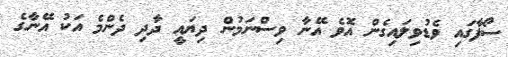
ސޯފާގައި ވެޑުވިލައިގެން އޮވެ އޭނާ ވިސްނަމުން ދިޔައީ ދާދި ދެންމެ އަކު އޭނާގެ